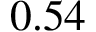
0 . 5 4